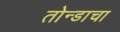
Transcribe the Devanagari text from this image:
तोन्डाचा